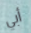
أبي